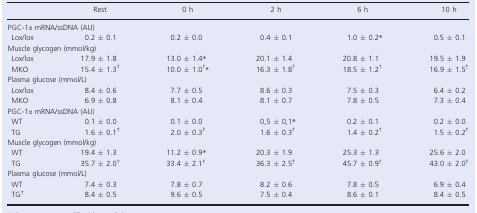
|  | Rest | 0 h | 2 h | 6 h | 10 h |
 | --- | --- | --- | --- | --- | --- |
 | <COLSPAN=6> PGC‐1α mRNA/ssDNA (AU) |
 | Lox/lox | 0.2 ± 0.1 | 0.2 ± 0.0 | 0.4 ± 0.1 | 1.0 ± 0.2a | 0.5 ± 0.1 |
 | <COLSPAN=6> Muscle glycogen (mmol/kg) |
 | Lox/lox | 17.9 ± 1.8 | 13.0 ± 1.4a | 20.1 ± 1.4 | 20.8 ± 1.1 | 19.5 ± 1.9 |
 | MKO | 15.4 ± 1.3b | 10.0 ± 1.0b, a | 16.3 ± 1.8b | 18.5 ± 1.2b | 16.9 ± 1.5b |
 | <COLSPAN=6> Plasma glucose (mmol/L) |
 | Lox/lox | 8.4 ± 0.6 | 7.7 ± 0.5 | 8.6 ± 0.3 | 7.5 ± 0.3 | 6.4 ± 0.2 |
 | MKO | 6.9 ± 0.8 | 8.1 ± 0.4 | 8.1 ± 0.7 | 7.8 ± 0.5 | 7.3 ± 0.4 |
 | <COLSPAN=6> PGC‐1α mRNA/ssDNA (AU) |
 | WT | 0.1 ± 0.0 | 0.1 ± 0.0 | 0,5 ± 0,1a | 0.2 ± 0.1 | 0.2 ± 0.0 |
 | TG | 1.6 ± 0.1b | 2.0 ± 0.3b | 1.6 ± 0.3b | 1.4 ± 0.2b | 1.5 ± 0.2b |
 | <COLSPAN=6> Muscle glycogen (mmol/kg) |
 | WT | 19.4 ± 1.3 | 11.2 ± 0.9a | 20.3 ± 1.9 | 25.3 ± 1.3 | 25.6 ± 2.0 |
 | TG | 35.7 ± 2.0b | 33.4 ± 2.1b | 36.3 ± 2.5b | 45.7 ± 0.9b | 43.0 ± 2.0b |
 | <COLSPAN=6> Plasma glucose (mmol/L) |
 | WT | 7.4 ± 0.3 | 7.8 ± 0.7 | 8.2 ± 0.6 | 7.8 ± 0.5 | 6.9 ± 0.4 |
 | TGb | 8.4 ± 0.5 | 9.6 ± 0.5 | 7.5 ± 0.4 | 8.6 ± 0.1 | 8.4 ± 0.5 |